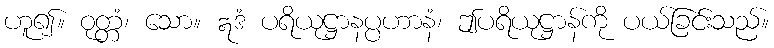
ဟူ၍။ ဝုတ္တံ၊ သော။ ဣဒံ ပရိယုဋ္ဌာနပ္ပဟာနံ၊ ဤပရိယုဋ္ဌာန်ကို ပယ်ခြင်းသည်။